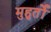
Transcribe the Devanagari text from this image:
मुहुर्तों